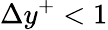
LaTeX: \Delta y^{+}<1